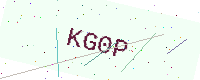
Text: KG0P